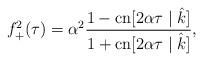
LaTeX: \begin{align*}f^2_+(\tau)=\alpha^2\frac{1-\mbox{cn}[2\alpha\tau\mid \hat{k}]}{1+\mbox{cn}[2\alpha\tau\mid \hat{k}]},\end{align*}